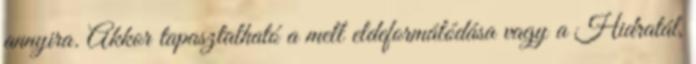
annyira. Akkor tapasztalható a mell eldeformálódása vagy a Hidratál,